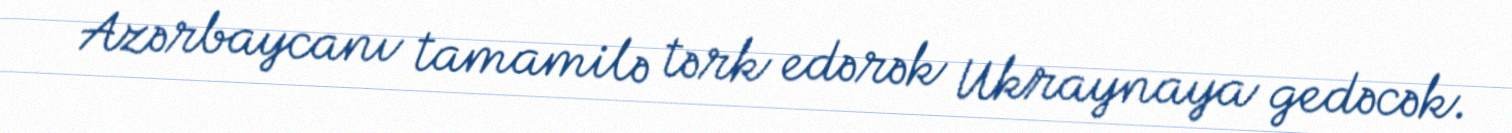
Azərbaycanı tamamilə tərk edərək Ukraynaya gedəcək.